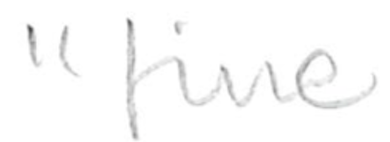
Text: "fine
Cross-out: clean
Writing tool: pencil